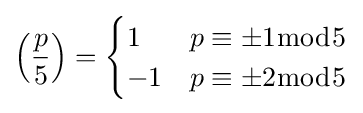
\left({\frac {p}{5}}\right)={\begin{cases}1&p\equiv \pm 1{\bmod {5}}\\-1&p\equiv \pm 2{\bmod {5}}\end{cases}}